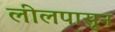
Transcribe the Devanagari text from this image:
लीलपासून